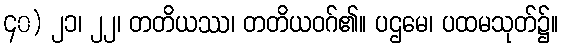
၄၀) ၂၁၊ ၂၂၊ တတိယဿ၊ တတိယဝဂ်၏။ ပဌမေ၊ ပထမသုတ်၌။